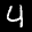
Label: 4